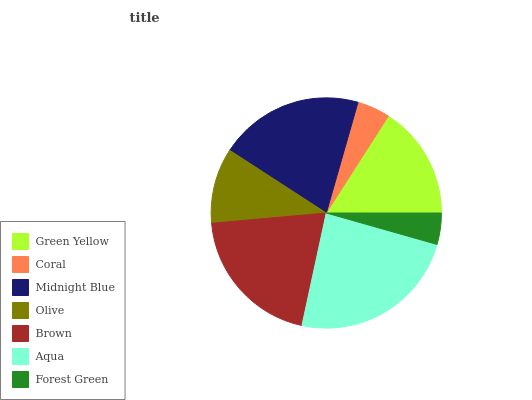
| Green Yellow | Coral | Midnight Blue | Olive | Brown | Aqua | Forest Green |
 | --- | --- | --- | --- | --- | --- | --- |
 | 15.9% | 4.63% | 20.2% | 10.6% | 20.2% | 24% | 4.41% |